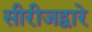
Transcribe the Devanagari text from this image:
सीरीजद्वारे